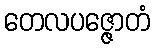
တေလပဇ္ဇောတံ